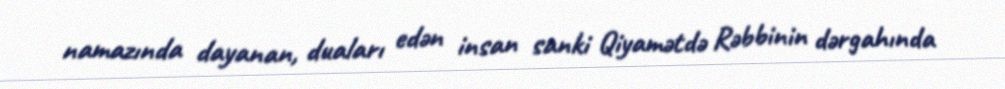
namazında dayanan, duaları edən insan sanki Qiyamətdə Rəbbinin dərgahında